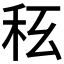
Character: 𥝮